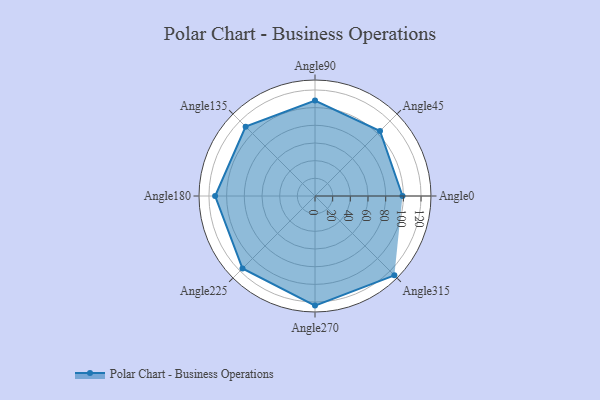
{"axis": {"x": "Angle", "y": "Radius"}, "legend": [""], "data": [{"x": "Angle0", "y": 99.0, "type": ""}, {"x": "Angle45", "y": 104.0, "type": ""}, {"x": "Angle90", "y": 108.0, "type": ""}, {"x": "Angle135", "y": 111.0, "type": ""}, {"x": "Angle180", "y": 113.0, "type": ""}, {"x": "Angle225", "y": 116.0, "type": ""}, {"x": "Angle270", "y": 124.0, "type": ""}, {"x": "Angle315", "y": 127.0, "type": ""}]}